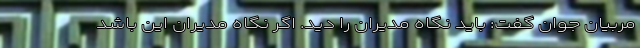
مربیان جوان گفت: باید نگاه مدیران را دید. اگر نگاه مدیران این باشد